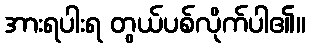
အားရပါးရ တွယ်ပစ်လိုက်ပါ၏။